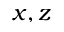
x , z